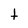
Character: t